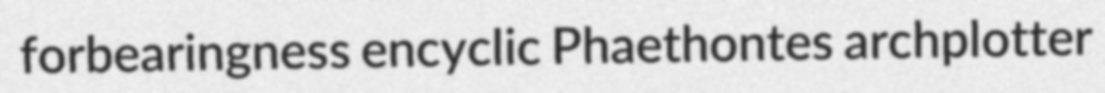
forbearingness encyclic Phaethontes archplotter